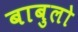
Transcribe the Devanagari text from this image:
बाबुलो